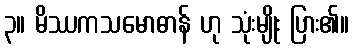
၃။ မိဿကသမောဓာန် ဟု သုံးမျိုး ပြား၏။